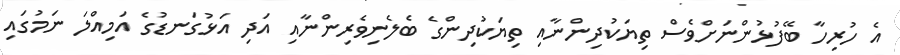
އެ ހުރިހާ ބޭފުޅުންނަށްވެސް ތިޔަކުދިންނާއި ތިޔަކުދިންގެ ބެލެނިވެރިންނާއި އަދި އަޅުގަނޑުގެ އަމިއްލަ ނަމުގައި